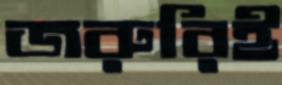
জরুরিই